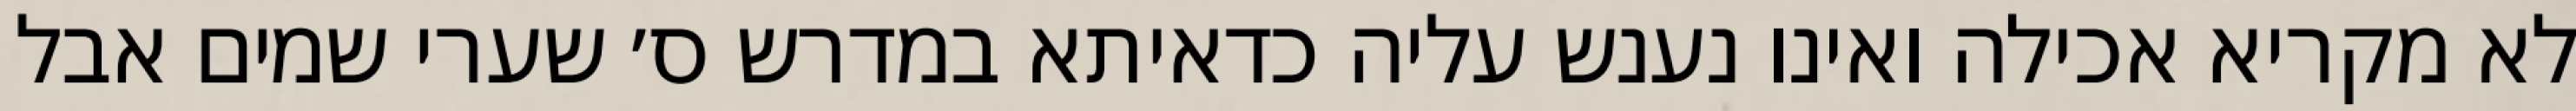
לא מקריא אכילה ואינו נענש עליה כדאיתא במדרש ס׳ שערי שמים אבל